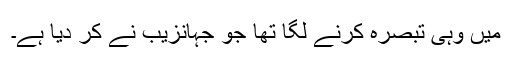
میں وہی تبصرہ کرنے لگا تھا جو جہانزیب نے کر دیا ہے۔